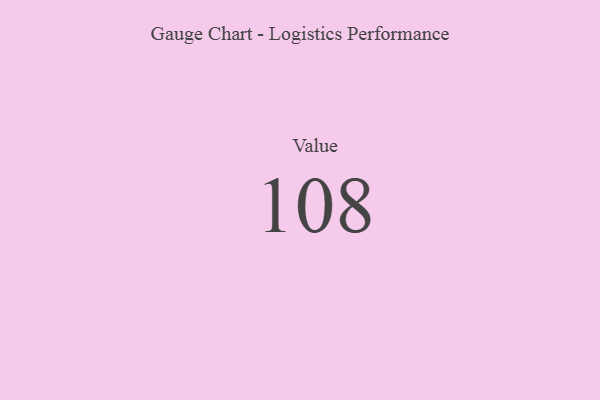
{"axis": {"x": "Metric", "y": "Value"}, "legend": [""], "data": [{"x": "Value", "y": 108, "type": ""}]}